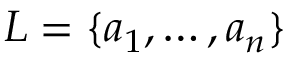
L = \{ a _ { 1 } , \ldots , a _ { n } \}